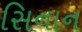
સિનાન